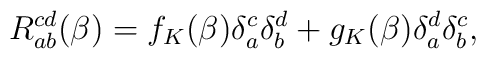
R_{ab}^{cd}(\beta )=f_{K}(\beta )\delta _{a}^{c}\delta _{b}^{d}+g_{K}(\beta)\delta _{a}^{d}\delta _{b}^{c},